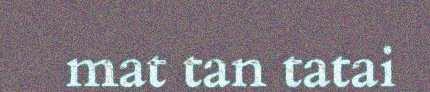
mat tan tatai